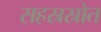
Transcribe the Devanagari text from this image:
सहस्रस्रोत